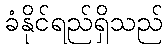
ခံနိုင်ရည်ရှိသည်